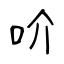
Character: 吤